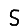
Digit: 5